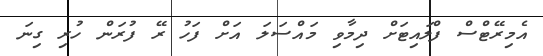
އެމިރޭޓްސް ފްލައިޓަށް ދިމާވި މައްސަލަ އަށް ފަހު ރޭ ފުރަން ހުރި ގިނަ